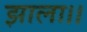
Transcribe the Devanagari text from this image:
झाला।।